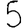
Digit: 5